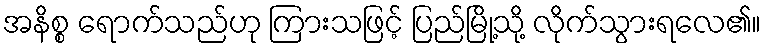
အနိစ္စ ရောက်သည်ဟု ကြားသဖြင့် ပြည်မြို့သို့ လိုက်သွားရလေ၏။